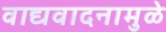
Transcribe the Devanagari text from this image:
वाद्यवादनामुळे